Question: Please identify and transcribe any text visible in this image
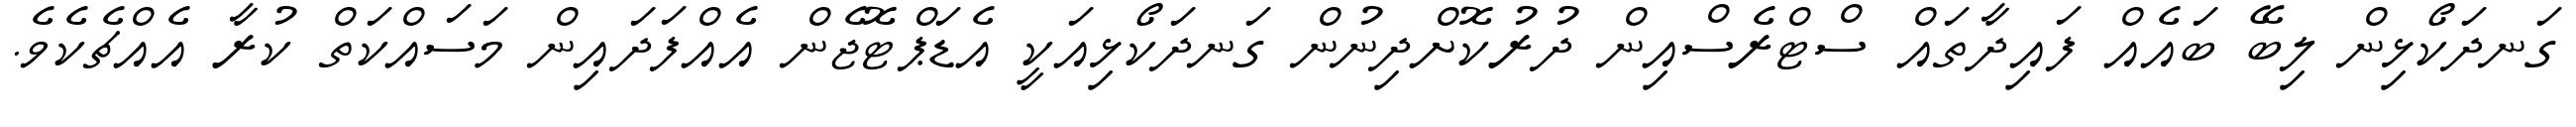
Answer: ގަނދަކޯޅިން ލިބޭ ބައެއް ފައިދާތައް ސްޓްރެސްއިން ދުރުކޮށްދިނުން ގަނދަކޯޅިއަކީ އެޑަޕްޓޮޖެން އެއްފަދައިން މަސައްކަތް ކުރާ އެއްޗެކެވެ.